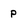
Character: P